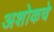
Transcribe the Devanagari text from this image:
अशोकचे